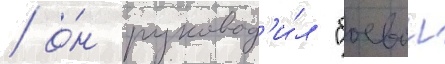
/ о́н руковод'и́л "боевои